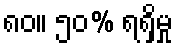
၈၀။ ၅၀% ရရှိမှု